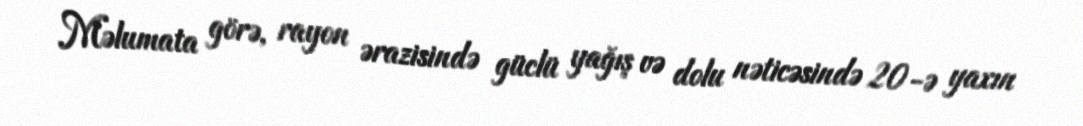
Məlumata görə, rayon ərazisində güclü yağış və dolu nəticəsində 20-ə yaxın